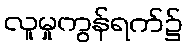
လူမှုကွန်ရက်၌